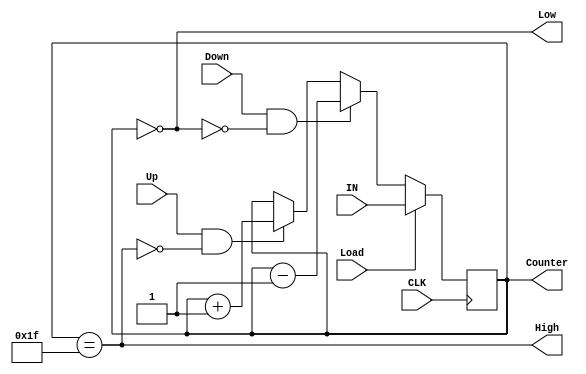
module Up_Dn_Counter(

input      [4:0]          IN,
input                     Load,
input                     Up,
input                     Down,
input                     CLK,
output                    High,
output                    Low,
output reg  [4:0]         Counter  ); 


// 3 two-input MUX
 
always @ (posedge CLK)
 begin 
 
	  if (Load)
	   begin 
		Counter <= IN;
	   end
	  
	  else if(Down && !Low)
	   begin  
		Counter <= Counter - 5'b00001;
	   end
	   
	  else if (Up && !High)
	   begin
		Counter <= Counter + 5'b00001;
	   end

 end

 assign Low = (Counter == 5'b0);

 assign High = (Counter == 5'b11111);


endmodule